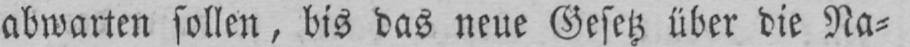
abwarten sollen, bis das neue Gesetz über die Na⸗